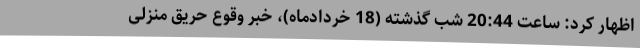
اظهار کرد: ساعت 20:44 شب گذشته (18 خردادماه)، خبر وقوع حریق منزلی